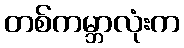
တစ်ကမ္ဘာလုံးက